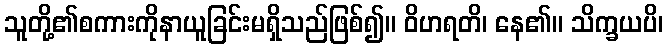
သူတို့၏စကားကိုနာယူခြင်းမရှိသည်ဖြစ်၍။ ဝိဟရတိ၊ နေ၏။ သိက္ခယပိ၊